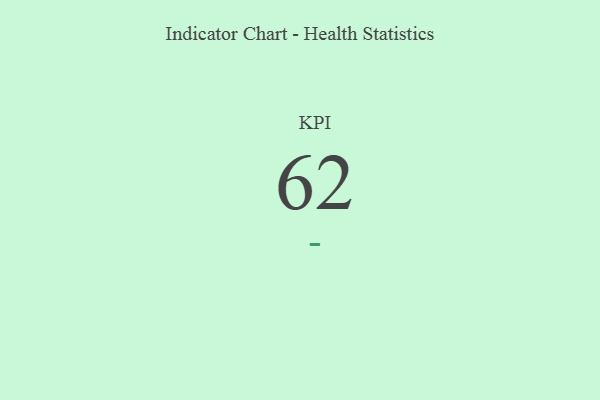
{"axis": {"x": "KPI", "y": "Value"}, "legend": [""], "data": [{"x": "KPI", "y": 62, "type": ""}]}